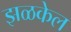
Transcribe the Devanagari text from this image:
झळकेल